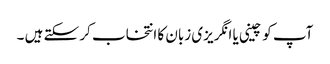
آپ کو چینی یا انگریزی زبان کا انتخاب کر سکتے ہیں ۔